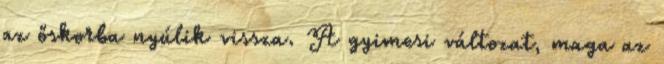
az őskorba nyúlik vissza. A gyimesi változat, maga az